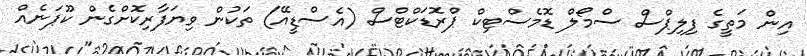
އިން މަތީގެ ފިލިޕްސް ސްމޯލް ޑޮމެސްޓިކް ޕްރޮޑަކްޓްސް (އެސްޑީއޭ) ތަކުން ވިޔަފާރިކޮށްގެން ކޫޕަނެއް